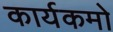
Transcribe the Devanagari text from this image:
कार्यकमो